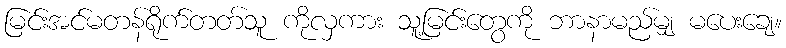
မြင်းအင်မတန်ရိုက်တတ်သူ ကိုလှကား သူ့မြင်းတွေကို ဘာနာမည်မျှ မပေးချေ။